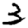
Digit: 3